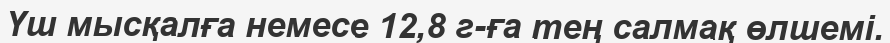
Үш мысқалға немесе 12‚8 г-ға тең салмақ өлшемі.